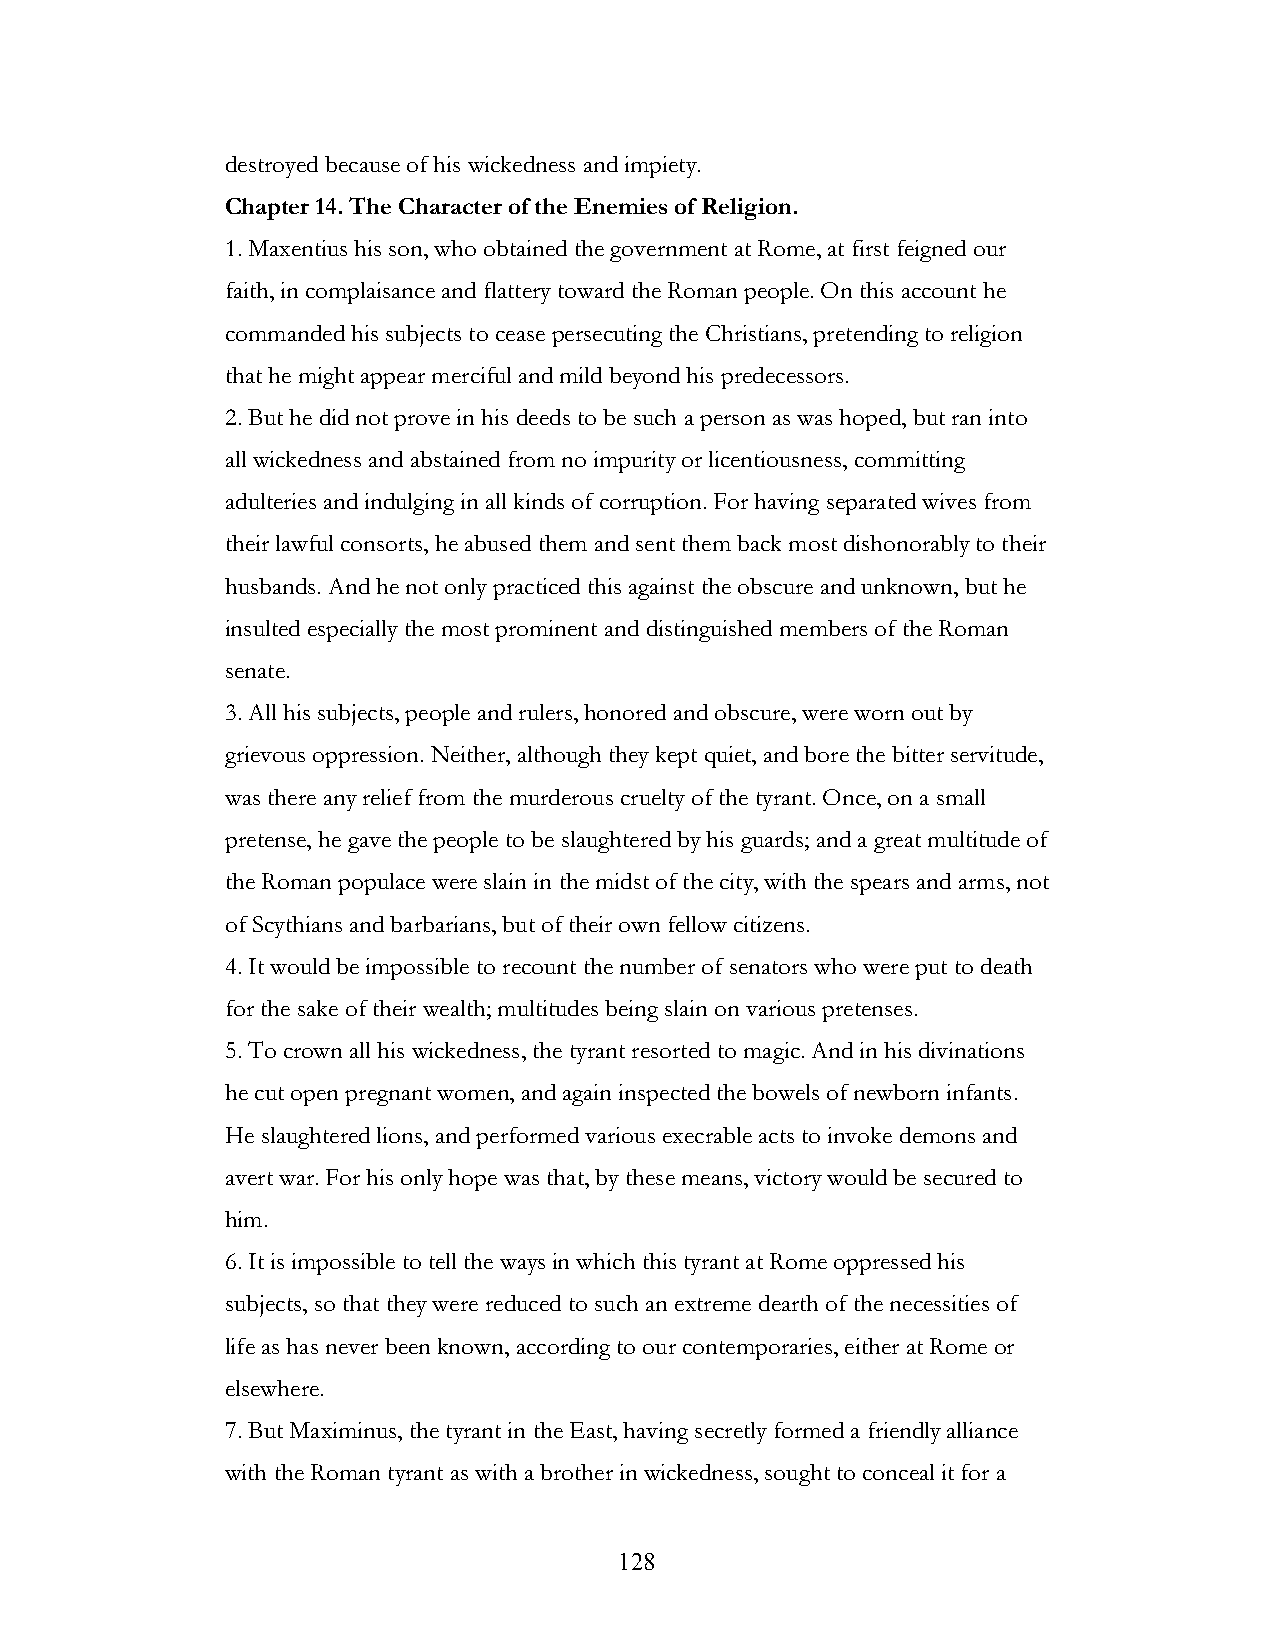
destroyed because of his wickedness and impiety.
 Chapter 14. The Character of the Enemies of Religion.
 1. Maxentius his son, who obtained the government at Rome, at first feigned our
 faith, in complaisance and flattery toward the Roman people. On this account he
 commanded his subjects to cease persecuting the Christians, pretending to religion
 that he might appear merciful and mild beyond his predecessors.
 2. But he did not prove in his deeds to be such a person as was hoped, but ran into
 all wickedness and abstained from no impurity or licentiousness, committing
 adulteries and indulging in all kinds of corruption. For having separated wives from
 their lawful consorts, he abused them and sent them back most dishonorably to their
 husbands. And he not only practiced this against the obscure and unknown, but he
 insulted especially the most prominent and distinguished members of the Roman
 senate.
 3. All his subjects, people and rulers, honored and obscure, were worn out by
 grievous oppression. Neither, although they kept quiet, and bore the bitter servitude,
 was there any relief from the murderous cruelty of the tyrant. Once, on a small
 pretense, he gave the people to be slaughtered by his guards; and a great multitude of
 the Roman populace were slain in the midst of the city, with the spears and arms, not
 of Scythians and barbarians, but of their own fellow citizens.
 4. It would be impossible to recount the number of senators who were put to death
 for the sake of their wealth; multitudes being slain on various pretenses.
 5. To crown all his wickedness, the tyrant resorted to magic. And in his divinations
 he cut open pregnant women, and again inspected the bowels of newborn infants.
 He slaughtered lions, and performed various execrable acts to invoke demons and
 avert war. For his only hope was that, by these means, victory would be secured to
 him.
 6. It is impossible to tell the ways in which this tyrant at Rome oppressed his
 subjects, so that they were reduced to such an extreme dearth of the necessities of
 life as has never been known, according to our contemporaries, either at Rome or
 elsewhere.
 7. But Maximinus, the tyrant in the East, having secretly formed a friendly alliance
 with the Roman tyrant as with a brother in wickedness, sought to conceal it for a
 !                         128